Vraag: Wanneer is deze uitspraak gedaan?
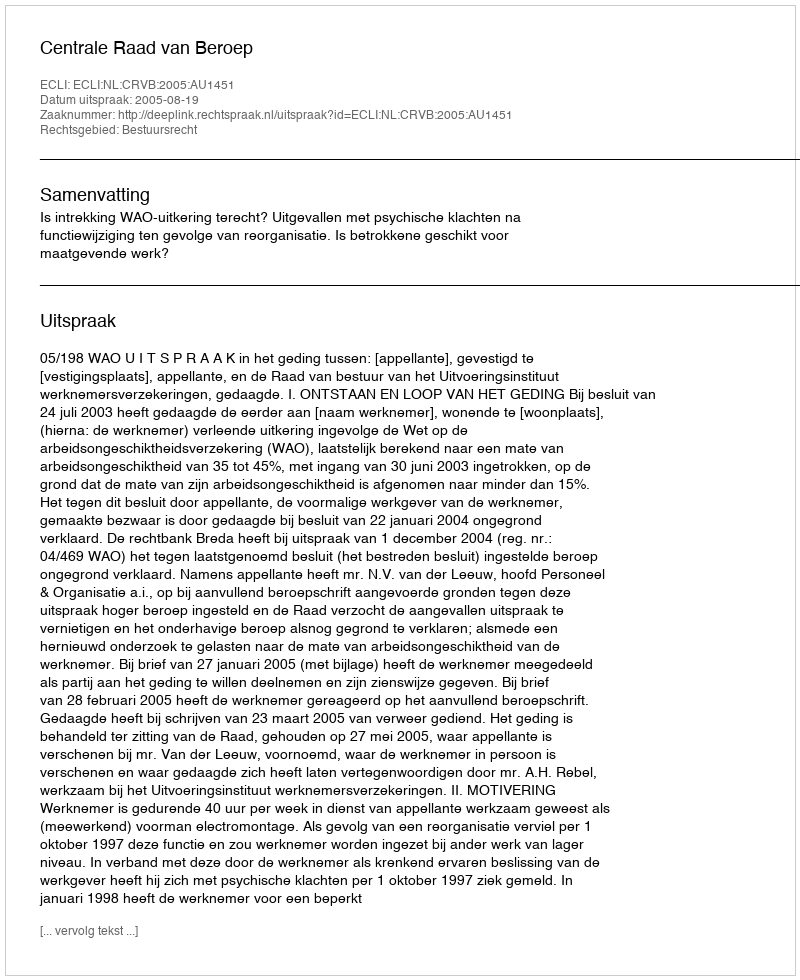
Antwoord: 2005-08-19